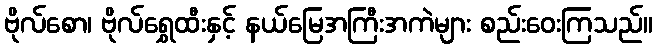
ဗိုလ်စော၊ ဗိုလ်ရွှေထီးနှင့် နယ်မြေအကြီးအကဲများ စည်းဝေးကြသည်။